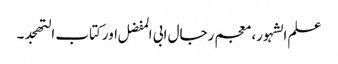
علم الشہور، معجم رجال ابی المفضل اورکتاب التھجد ۔